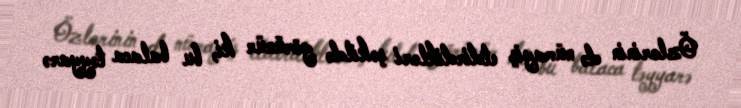
Özlərinin də nümayiş etdirdikləri şəkildə görünür ki, bu balaca təyyarə